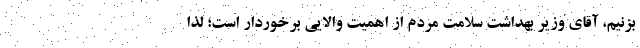
بزنیم، آقای وزیر بهداشت سلامت مردم از اهمیت والایی برخوردار است؛ لذا